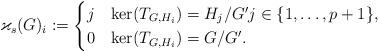
LaTeX: \begin{align*}\varkappa_s(G)_i:=\begin{cases}j & \ker(T_{G,H_i})=H_j/G^\prime j\in\lbrace 1,\ldots,p+1\rbrace, \\0 & \ker(T_{G,H_i})=G/G^\prime.\end{cases}\end{align*}